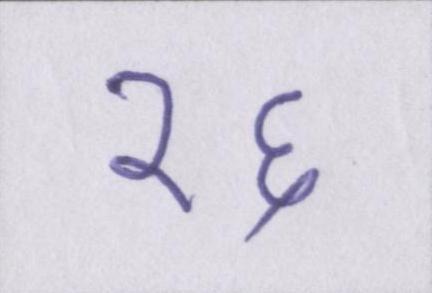
१६